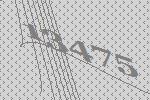
13475